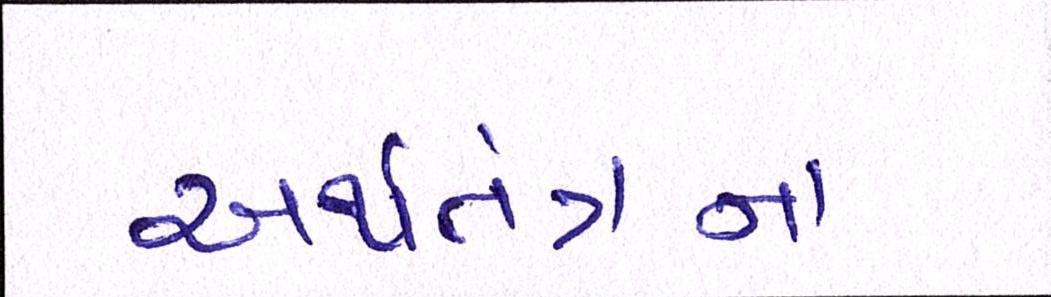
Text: અર્થતંત્રના